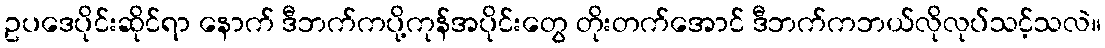
ဥပဒေပိုင်းဆိုင်ရာ နောက် ဒီဘက်ကပို့ကုန်အပိုင်းတွေ တိုးတက်အောင် ဒီဘက်ကဘယ်လိုလုပ်သင့်သလဲ။